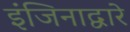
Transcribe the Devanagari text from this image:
इंजिनाद्वारे